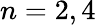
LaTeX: n=2,4